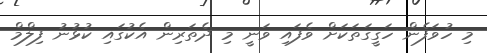
މި ހުވަފެން ހަގީގަތަކަށް ވެފައި ވަނީ މި ދެތަރިން އެކުގައި ކުޅުނު ފިލްމް